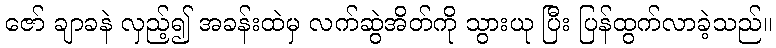
ဇော် ချာခနဲ လှည့်၍ အခန်းထဲမှ လက်ဆွဲအိတ်ကို သွားယု ပြီး ပြန်ထွက်လာခဲ့သည်။